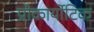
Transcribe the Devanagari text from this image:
प्रोकार्योटिक